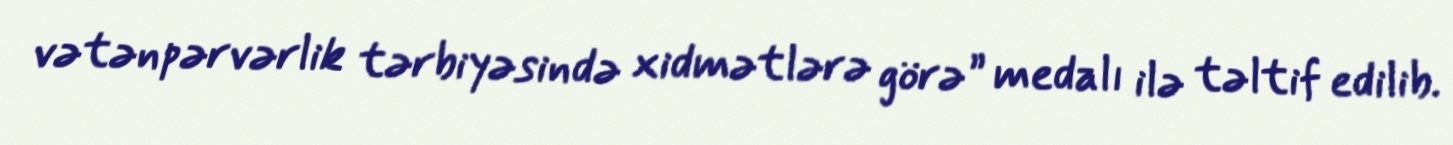
vətənpərvərlik tərbiyəsində xidmətlərə görə” medalı ilə təltif edilib.